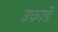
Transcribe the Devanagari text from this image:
उकार्डे